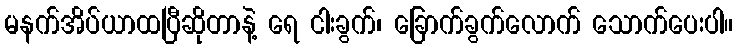
မနက်အိပ်ယာထပြီဆိုတာနဲ့ ရေ ငါးခွက်၊ ခြောက်ခွက်လောက် သောက်ပေးပါ။